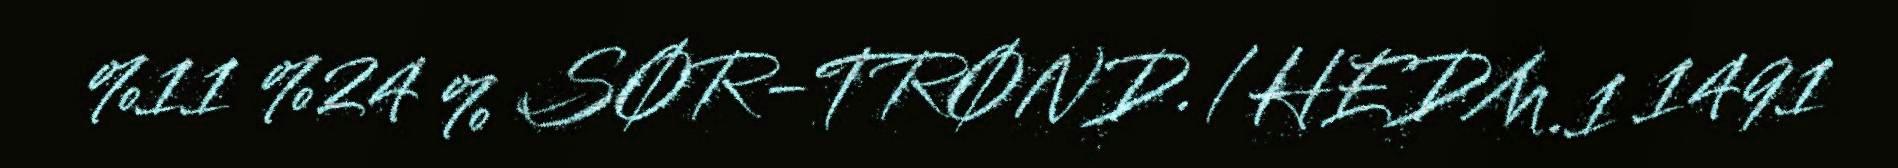
%11 %24 % SØR-TRØND./HEDM.1 1491